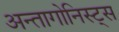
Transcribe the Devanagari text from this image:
अन्तागोनिस्ट्स